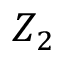
Z _ { 2 }